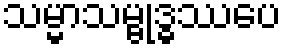
သမ္မာသမ္ဗုဒ္ဓဿပေ